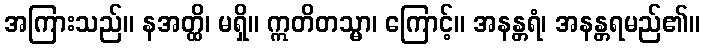
အကြားသည်။ နအတ္ထိ၊ မရှိ။ ဣတိတသ္မာ၊ ကြောင့်။ အနန္တရံ၊ အနန္တရမည်၏။